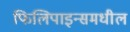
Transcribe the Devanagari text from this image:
फिलिपाइन्समधील